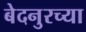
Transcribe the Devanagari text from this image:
बेदनुरच्या